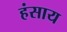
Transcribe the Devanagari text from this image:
हंसाय